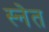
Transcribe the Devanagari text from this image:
स्नेत